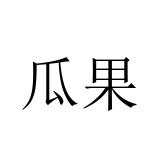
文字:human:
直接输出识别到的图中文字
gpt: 瓜果